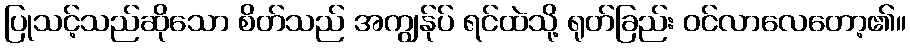
ပြုသင့်သည်ဆိုသော စိတ်သည် အကျွန်ုပ် ရင်ထဲသို့ ရုတ်ခြည်း ဝင်လာလေတော့၏။